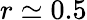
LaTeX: r\simeq 0.5